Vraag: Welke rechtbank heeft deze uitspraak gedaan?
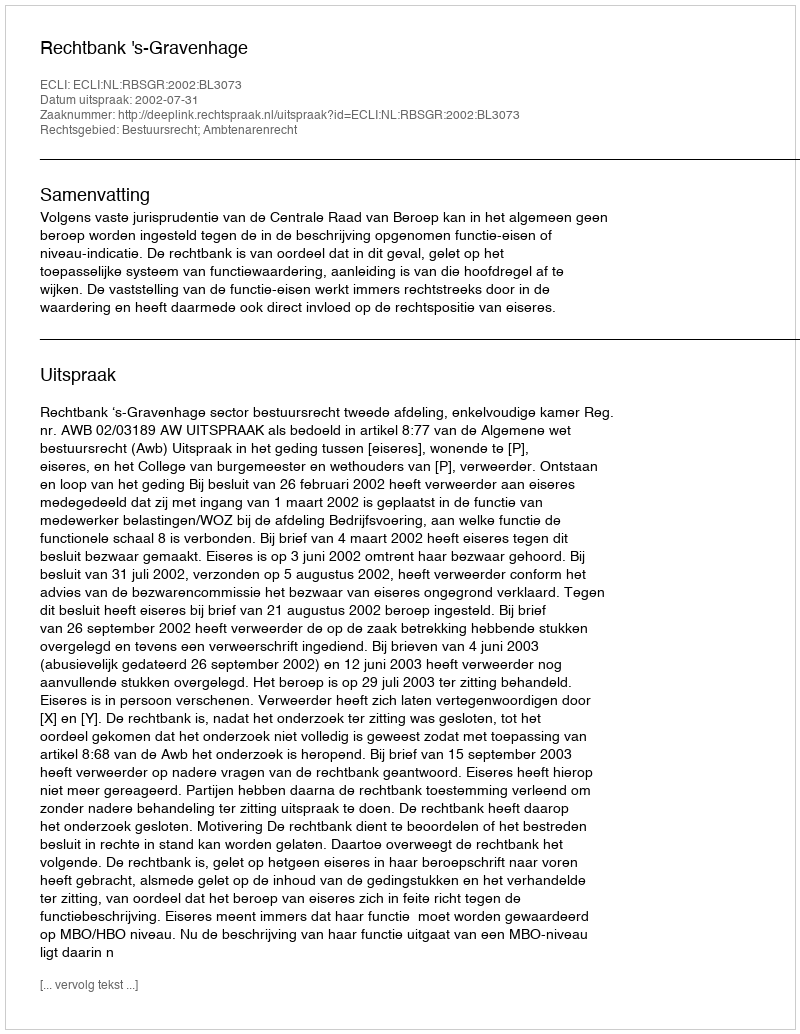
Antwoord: Rechtbank 's-Gravenhage